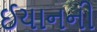
ઈયાનની